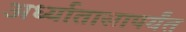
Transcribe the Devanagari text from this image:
अर्ध्यातासापर्यंत